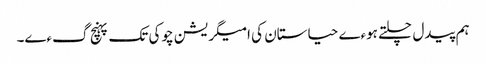
ہم پیدل چلتے ہوءے حیاستان کی امیگریشن چوکی تک پہنچ گءے۔